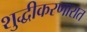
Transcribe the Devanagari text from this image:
शुद्धीकरणारात